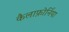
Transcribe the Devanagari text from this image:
कैलाफ़ोर्निया